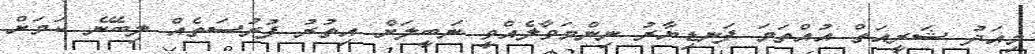
މިއަދު ޝަރީއަތް އުއްތަމަ ފަނޑިޔާރު ނިންމަވާލެއްވީ ނަބީލަށް އިތުރު ފުރުސަތެއް ލިބޭނެ ކަމަށް